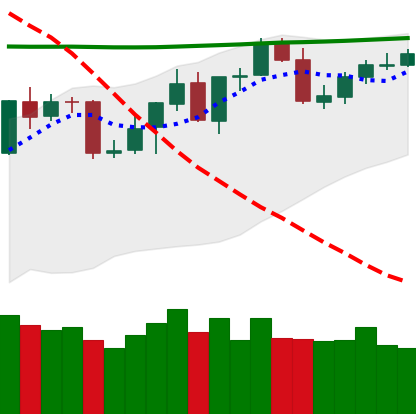
Ticker: BNB-USD
Chart end date: 2020-04-25
Forward return: 4.468%
Label: up_3_5